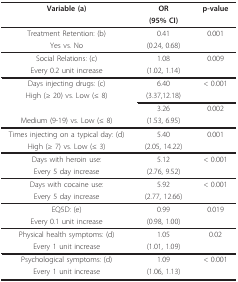
<table><thead><tr><td><b>Variable (a)</b></td><td><b>OR</b></td><td><b>p-value</b></td></tr><tr><td></td><td><b>(95% CI)</b></td><td></td></tr></thead><tbody><tr><td>Treatment Retention: (b)</td><td>0.41</td><td>0.001</td></tr><tr><td>Yes vs. No</td><td>(0.24, 0.68)</td><td></td></tr><tr><td>Social Relations: (c)</td><td>1.08</td><td>0.009</td></tr><tr><td>Every 0.2 unit increase</td><td>(1.02, 1.14)</td><td></td></tr><tr><td>Days injecting drugs: (c)</td><td>6.40</td><td>&lt; 0.001</td></tr><tr><td>High (≥ 20) vs. Low (≤ 8)</td><td>(3.37,12.18)</td><td></td></tr><tr><td></td><td>3.26</td><td>0.002</td></tr><tr><td>Medium (9-19) vs. Low (≤ 8)</td><td>(1.53, 6.95)</td><td></td></tr><tr><td>Times injecting on a typical day: (d)</td><td>5.40</td><td>0.001</td></tr><tr><td>High (≥ 7) vs. Low (≤ 3)</td><td>(2.05, 14.22)</td><td></td></tr><tr><td>Days with heroin use:</td><td>5.12</td><td>&lt; 0.001</td></tr><tr><td>Every 5 day increase</td><td>(2.76, 9.52)</td><td></td></tr><tr><td>Days with cocaine use:</td><td>5.92</td><td>&lt; 0.001</td></tr><tr><td>Every 5 day increase</td><td>(2.77, 12.66)</td><td></td></tr><tr><td>EQ5D: (e)</td><td>0.99</td><td>0.019</td></tr><tr><td>Every 0.1 unit increase</td><td>(0.98, 1.00)</td><td></td></tr><tr><td>Physical health symptoms: (d)</td><td>1.05</td><td>0.02</td></tr><tr><td>Every 1 unit increase</td><td>(1.01, 1.09)</td><td></td></tr><tr><td>Psychological symptoms: (d)</td><td>1.09</td><td>&lt; 0.001</td></tr><tr><td>Every 1 unit increase</td><td>(1.06, 1.13)</td><td></td></tr></tbody></table>